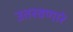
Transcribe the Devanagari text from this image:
उतरवणारे